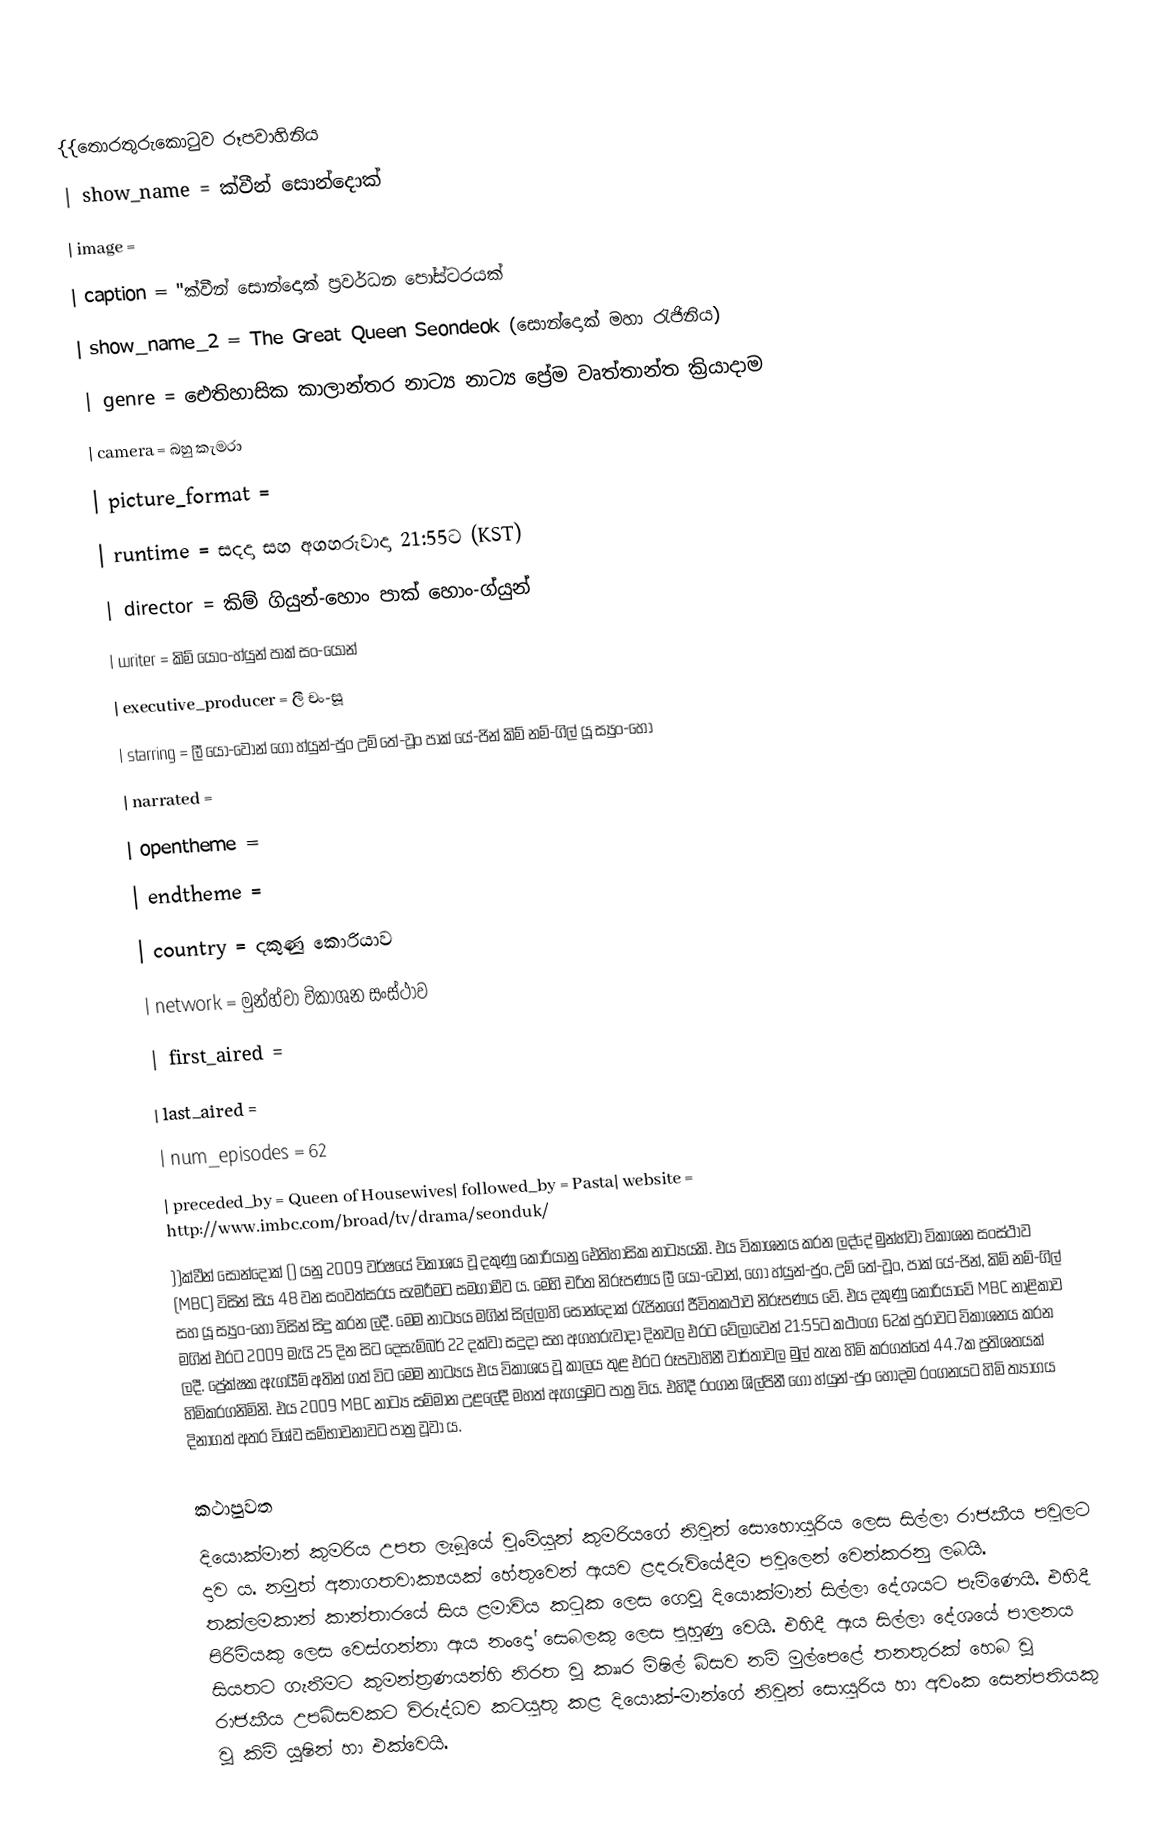
{{තොරතුරුකොටුව රූපවාහිනිය
| show_name          = ක්වීන් සොන්දොක්
| image                =
| caption              = "ක්වීන් සොන්දොක් ප්‍රවර්ධන පෝස්ටරයක්
| show_name_2          = The Great Queen Seondeok (සොන්දොක් මහා රැජිනිය)
| genre              = ඓතිහාසික කාලාන්තර නාට්‍ය  නාට්‍ය  ප්‍රේම වෘත්තාන්ත  ක්‍රියාදාම
| camera             = බහු කැමරා
| picture_format     =
| runtime            = සදදා සහ අගහරුවාදා 21:55ට (KST)
| director           = කිම් ගියුන්-හොං  පාක් හොං-ග්යුන්
| writer             = කිම් යොං-හ්යුන්  පාක් සං-යොන්
| executive_producer = ලී චං-සූ
| starring           = ලී යො-වොන්  ගෝ හ්යුන්-ජුං  උම් තේ-වූං  පාක් යේ-ජින්  කිම් නම්-ගිල්  යූ ස්‍යුං-හෝ
| narrated           =
| opentheme          =
| endtheme           =
| country            = දකුණු කොරියාව
| network            = මුන්හ්වා විකාශන සංස්ථාව
| first_aired        =
| last_aired         =
| num_episodes       = 62
| preceded_by        = Queen of Housewives| followed_by        = Pasta| website            = http://www.imbc.com/broad/tv/drama/seonduk/
}}ක්වීන් සොන්දොක් () යනු 2009 වර්ෂයේ විකාශය වූ දකුණු කොරියානු ඓතිහාසික නාට්‍යයකි.  එය විකාශනය කරන ලද්දේ මුන්හ්වා විකාශන සංස්ථාව (MBC) විසින් සිය 48 වන සංවත්සරය සැමරීමට සමගාමීව ය. මෙහි චරිත නිරූපණය ලී යො-වොන්, ගෝ හ්යුන්-ජුං, උම් තේ-වූං, පාක් යේ-ජින්, කිම් නම්-ගිල් සහ යූ ස්‍යුං-හෝ  විසින් සිදු කරන ලදී. මෙම නාට්‍යය මගින් සිල්ලාහි සොන්දොක් රැජිනගේ ජීවිතකථාව නිරූපණය වේ. එය දකුණු කොරියාවේ MBC නාළිකාව මගින් එරට 2009 මැයි 25 දින සිට දෙසැම්බර් 22 දක්වා සදුදා සහ අගහරුවාදා දිනවල එරට වේලාවෙන් 21:55ට කථාංග 62ක් පුරාවට විකාශනය කරන ලදී. ප්‍රේක්ෂක ඇගයීම් අතින් ගත් විට මෙම නාට්‍යය එය විකාශය වූ කාලය තුළ එරට රූපවාහිනී වාර්තාවල මුල් තැන හිමි කරගත්තේ 44.7ක ප්‍රතිශතයක් හිමිකරගනිමිනි.  එය 2009 MBC නාට්‍ය සම්මාන උළලේදී මහත් ඇගයුමට පාත්‍ර විය. එහිදී රංගන ශිල්පිනී ගෝ හ්යුන්-ජුං හොදම රංගනයට හිමි ත්‍යාගය දිනාගත් අතර විශ්ව සම්භාවනාවට පාත්‍ර වූවා ය.

කථාපුවත
දියොක්මාන් කුමරිය උපත ලැබූයේ චුංමියුන් කුමරියගේ නිවුන් සොහොයුරිය ලෙස සිල්ලා රාජකීය පවුලට දාව ය. නමුත් අනාගතවාක්‍යයක් හේතුවෙන් ඇයව ළදරුවියේදීම පවුලෙන් වෙන්කරනු ලබයි. තක්ලමකාන් කාන්තාරයේ සිය ළමාවිය කටුක ලෙස ගෙවූ දියොක්මාන් සිල්ලා දේශයට පැමිණෙයි. එහිදී පිරිමියකු ලෙස වෙස්ගන්නා ඇය නංදෝ සෙබලකු ලෙස පුහුණු වෙයි. එහිදී ඇය සිල්ලා දේශ‍යේ පාලනය සියතට ගැනීමට කුමන්ත්‍රණයන්හි නිරත වූ කෲර මිෂිල් බිසව නම් මුල්පෙළේ තනතුරක් හෙබ වූ රාජකීය උපබිසවකට විරුද්ධව කටයුතු කළ දියොක්-මාන්ගේ නිවුන් සොයුරිය හා අවංක සෙන්පතියකු වූ කිම් යූෂින් හා එක්වෙයි.